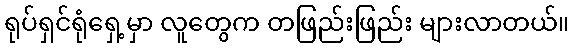
ရုပ်ရှင်ရုံရှေ့မှာ လူတွေက တဖြည်းဖြည်း များလာတယ်။